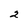
Character: 2